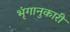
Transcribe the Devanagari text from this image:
भृंगानुकारी